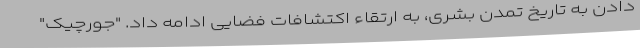
دادن به تاریخ تمدن بشری، به ارتقاء اکتشافات فضایی ادامه داد. "جورچیک"